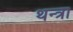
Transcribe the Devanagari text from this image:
थन्त्रा